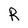
Character: R